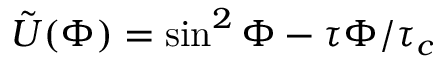
\Tilde { U } ( \Phi ) = \sin ^ { 2 } \Phi - \tau \Phi / \tau _ { c }